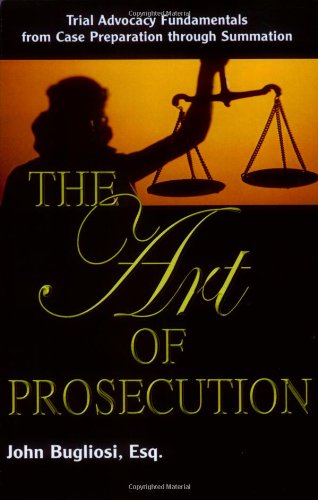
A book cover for The Art of Prosecution: Trial Advocacy Fundamentals from Case Preparation Through Summation; John Bugliosi; Law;